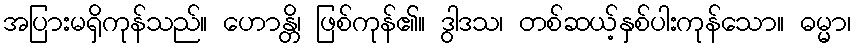
အပြားမရှိကုန်သည်။ ဟောန္တိ၊ ဖြစ်ကုန်၏။ ဒွါဒသ၊ တစ်ဆယ့်နှစ်ပါးကုန်သော။ ဓမ္မာ၊